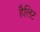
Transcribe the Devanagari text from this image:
हैलिट